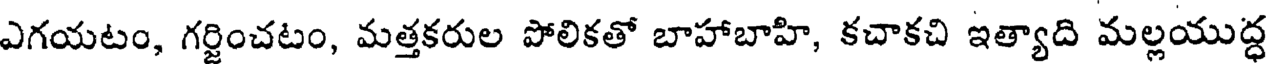
ఎగయటం, గర్జించటం, మత్తకరుల పోలికతో బాహాబాహి, కచాకచి ఇత్యాది మల్లయుద్ధ